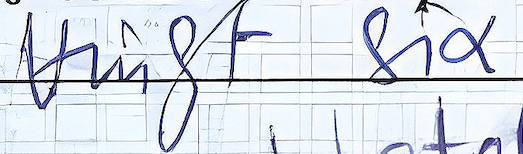
Vingt Six